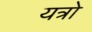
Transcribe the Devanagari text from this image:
यत्रो